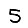
Digit: 5